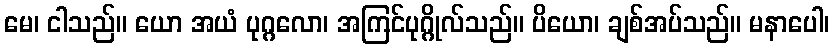
မေ၊ ငါသည်။ ယော အယံ ပုဂ္ဂလော၊ အကြင်ပုဂ္ဂိုလ်သည်။ ပိယော၊ ချစ်အပ်သည်။ မနာပေါ၊